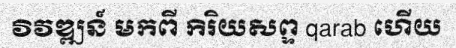
វិវឌ្ឍន៍ មកពី កិរិយសព្ទ qarab ហើយ